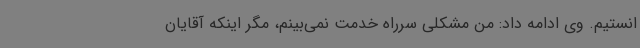
انستیم. وی ادامه داد: من مشکلی سرراه خدمت نمی‌بینم، مگر اینکه آقایان